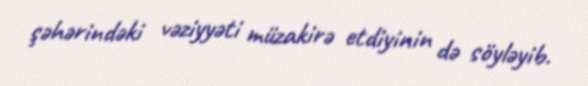
şəhərindəki vəziyyəti müzakirə etdiyinin də söyləyib.